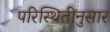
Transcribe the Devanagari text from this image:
परिस्थितींनुसार